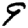
Digit: 9